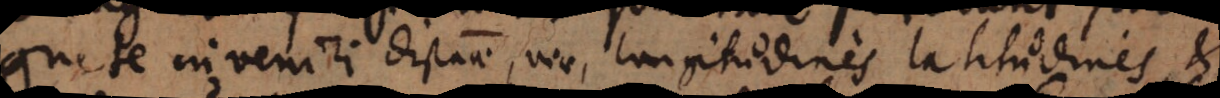
gnete inveniri distantiae, viae, longitudines, latitudines, et